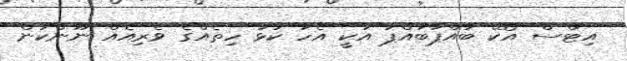
އިޓްސް އޯކޭ ބައްޕާބައްޕަ އަކީ އެހާ ކަޅު ހިތެއްގެ ވެރިއެއް ނޫންކަން